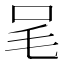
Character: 𣬦